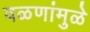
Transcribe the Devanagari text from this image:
वळणांमुळे